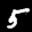
Label: 5